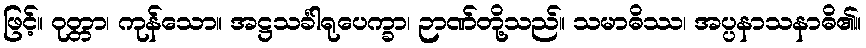
ဖြင့်။ ဝုတ္တာ၊ ကုန်သော။ အဋ္ဌသင်္ခါရုပေက္ခာ၊ ဉာဏ်တို့သည်။ သမာဓိဿ၊ အပ္ပနာသနာဓိ၏။